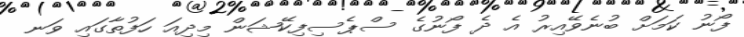
ފޯނު ކަމަށް ބުނެވޭއިރު އެ ދެ ފޯނުގެ ސްޕެސިފިކޭޝަން މިދިއަ ހަފުތާގައި ވަނ